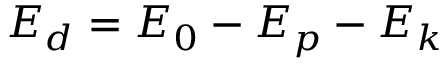
E _ { d } = E _ { 0 } - E _ { p } - E _ { k }